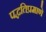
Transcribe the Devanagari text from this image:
पद्धतिप्रमाणे